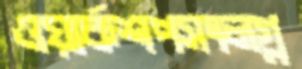
ওয়ার্কশপসংলগ্ন